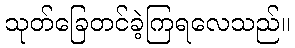
သုတ်ခြေတင်ခဲ့ကြရလေသည်။